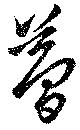
夢